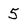
Character: 5